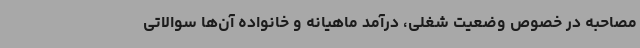
مصاحبه در خصوص وضعیت شغلی، درآمد ماهیانه و خانواده آن‌ها سوالاتی